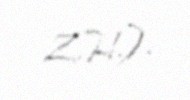
Z.H.).